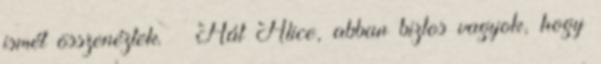
ismét összenéztek. – Hát Alice, abban biztos vagyok, hogy